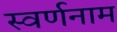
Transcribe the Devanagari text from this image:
स्वर्णनाम